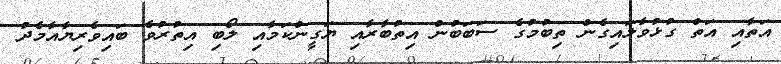
އަތާއި އަތް ގުޅުވާލައިގެން ތިބުމުގެ ސަބަބުން އިތުބާރާއި ޔަގީންކަމާއި ލޯބި އިތުރުވެ ބައިވެރިޔާއާމެދު